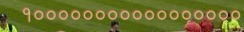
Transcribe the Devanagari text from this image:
१०००००००००००००००००